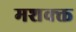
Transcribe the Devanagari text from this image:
मशक्क्त